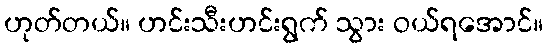
ဟုတ်တယ်။ ဟင်းသီးဟင်းရွက် သွား ဝယ်ရအောင်။